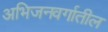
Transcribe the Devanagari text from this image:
अभिजनवर्गातील